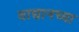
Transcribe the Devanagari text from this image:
वाद्यानच्या